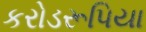
કરોડરૂપિયા